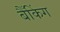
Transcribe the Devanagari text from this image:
बैँकिंग